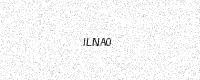
Text: ILNA0